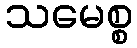
သမေစ္စ